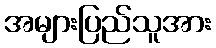
အများပြည်သူအား